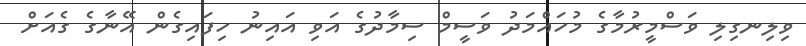
ވިލިނގިލި ވަސްމީރުމާގެ މުހައްމަދު ވަސީމް ސިމާދުގެ އަވި އައިނު ހިފައިގެން އޭނާގެ ގެއަށް